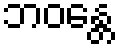
ဘဝန္တေ